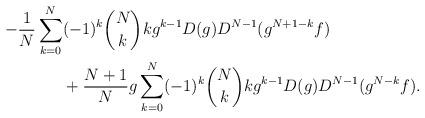
LaTeX: \begin{align*}-\frac1N\sum_{k=0}^N&(-1)^k\binom{N}{k}kg^{k-1}D(g)D^{N-1}(g^{N+1-k}f)\\&+\frac{N+1}N g\sum_{k=0}^N(-1)^k\binom{N}{k}kg^{k-1}D(g)D^{N-1}(g^{N-k}f).\end{align*}